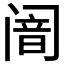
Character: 𬮴